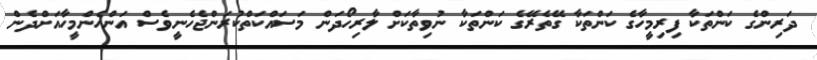
ދަރިންގެ ކަންތަކާ ފިރިމީހާގެ ކަންތަކާ ގޭތެރޭގެ ކަަންތަކާ ނުވިތާކަށް ލާރިހޯދަން މަސައްކަތްކުރަންޖެހެނީވެސް އަންހެންމީހާއަށްދެން